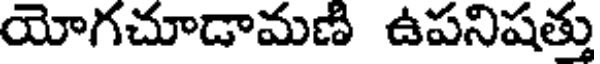
యోగచూడామణి ఉపనిషత్తు